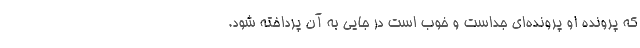
که پرونده ‌او پرونده‌ای جداست و خوب است در جایی به آن پرداخته شود.